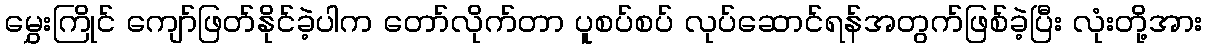
မွှေးကြိုင် ကျော်ဖြတ်နိုင်ခဲ့ပါက တော်လိုက်တာ ပူစပ်စပ် လုပ်ဆောင်ရန်အတွက်ဖြစ်ခဲ့ပြီး လုံးတို့အား